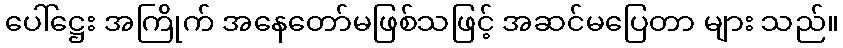
ပေါ်ဋ္ဌေး အကြိုက် အနေတော်မဖြစ်သဖြင့် အဆင်မပြေတာ များ သည်။